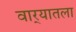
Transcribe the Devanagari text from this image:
वार्‍यातला